Martna_vallavalitsus, lk 45
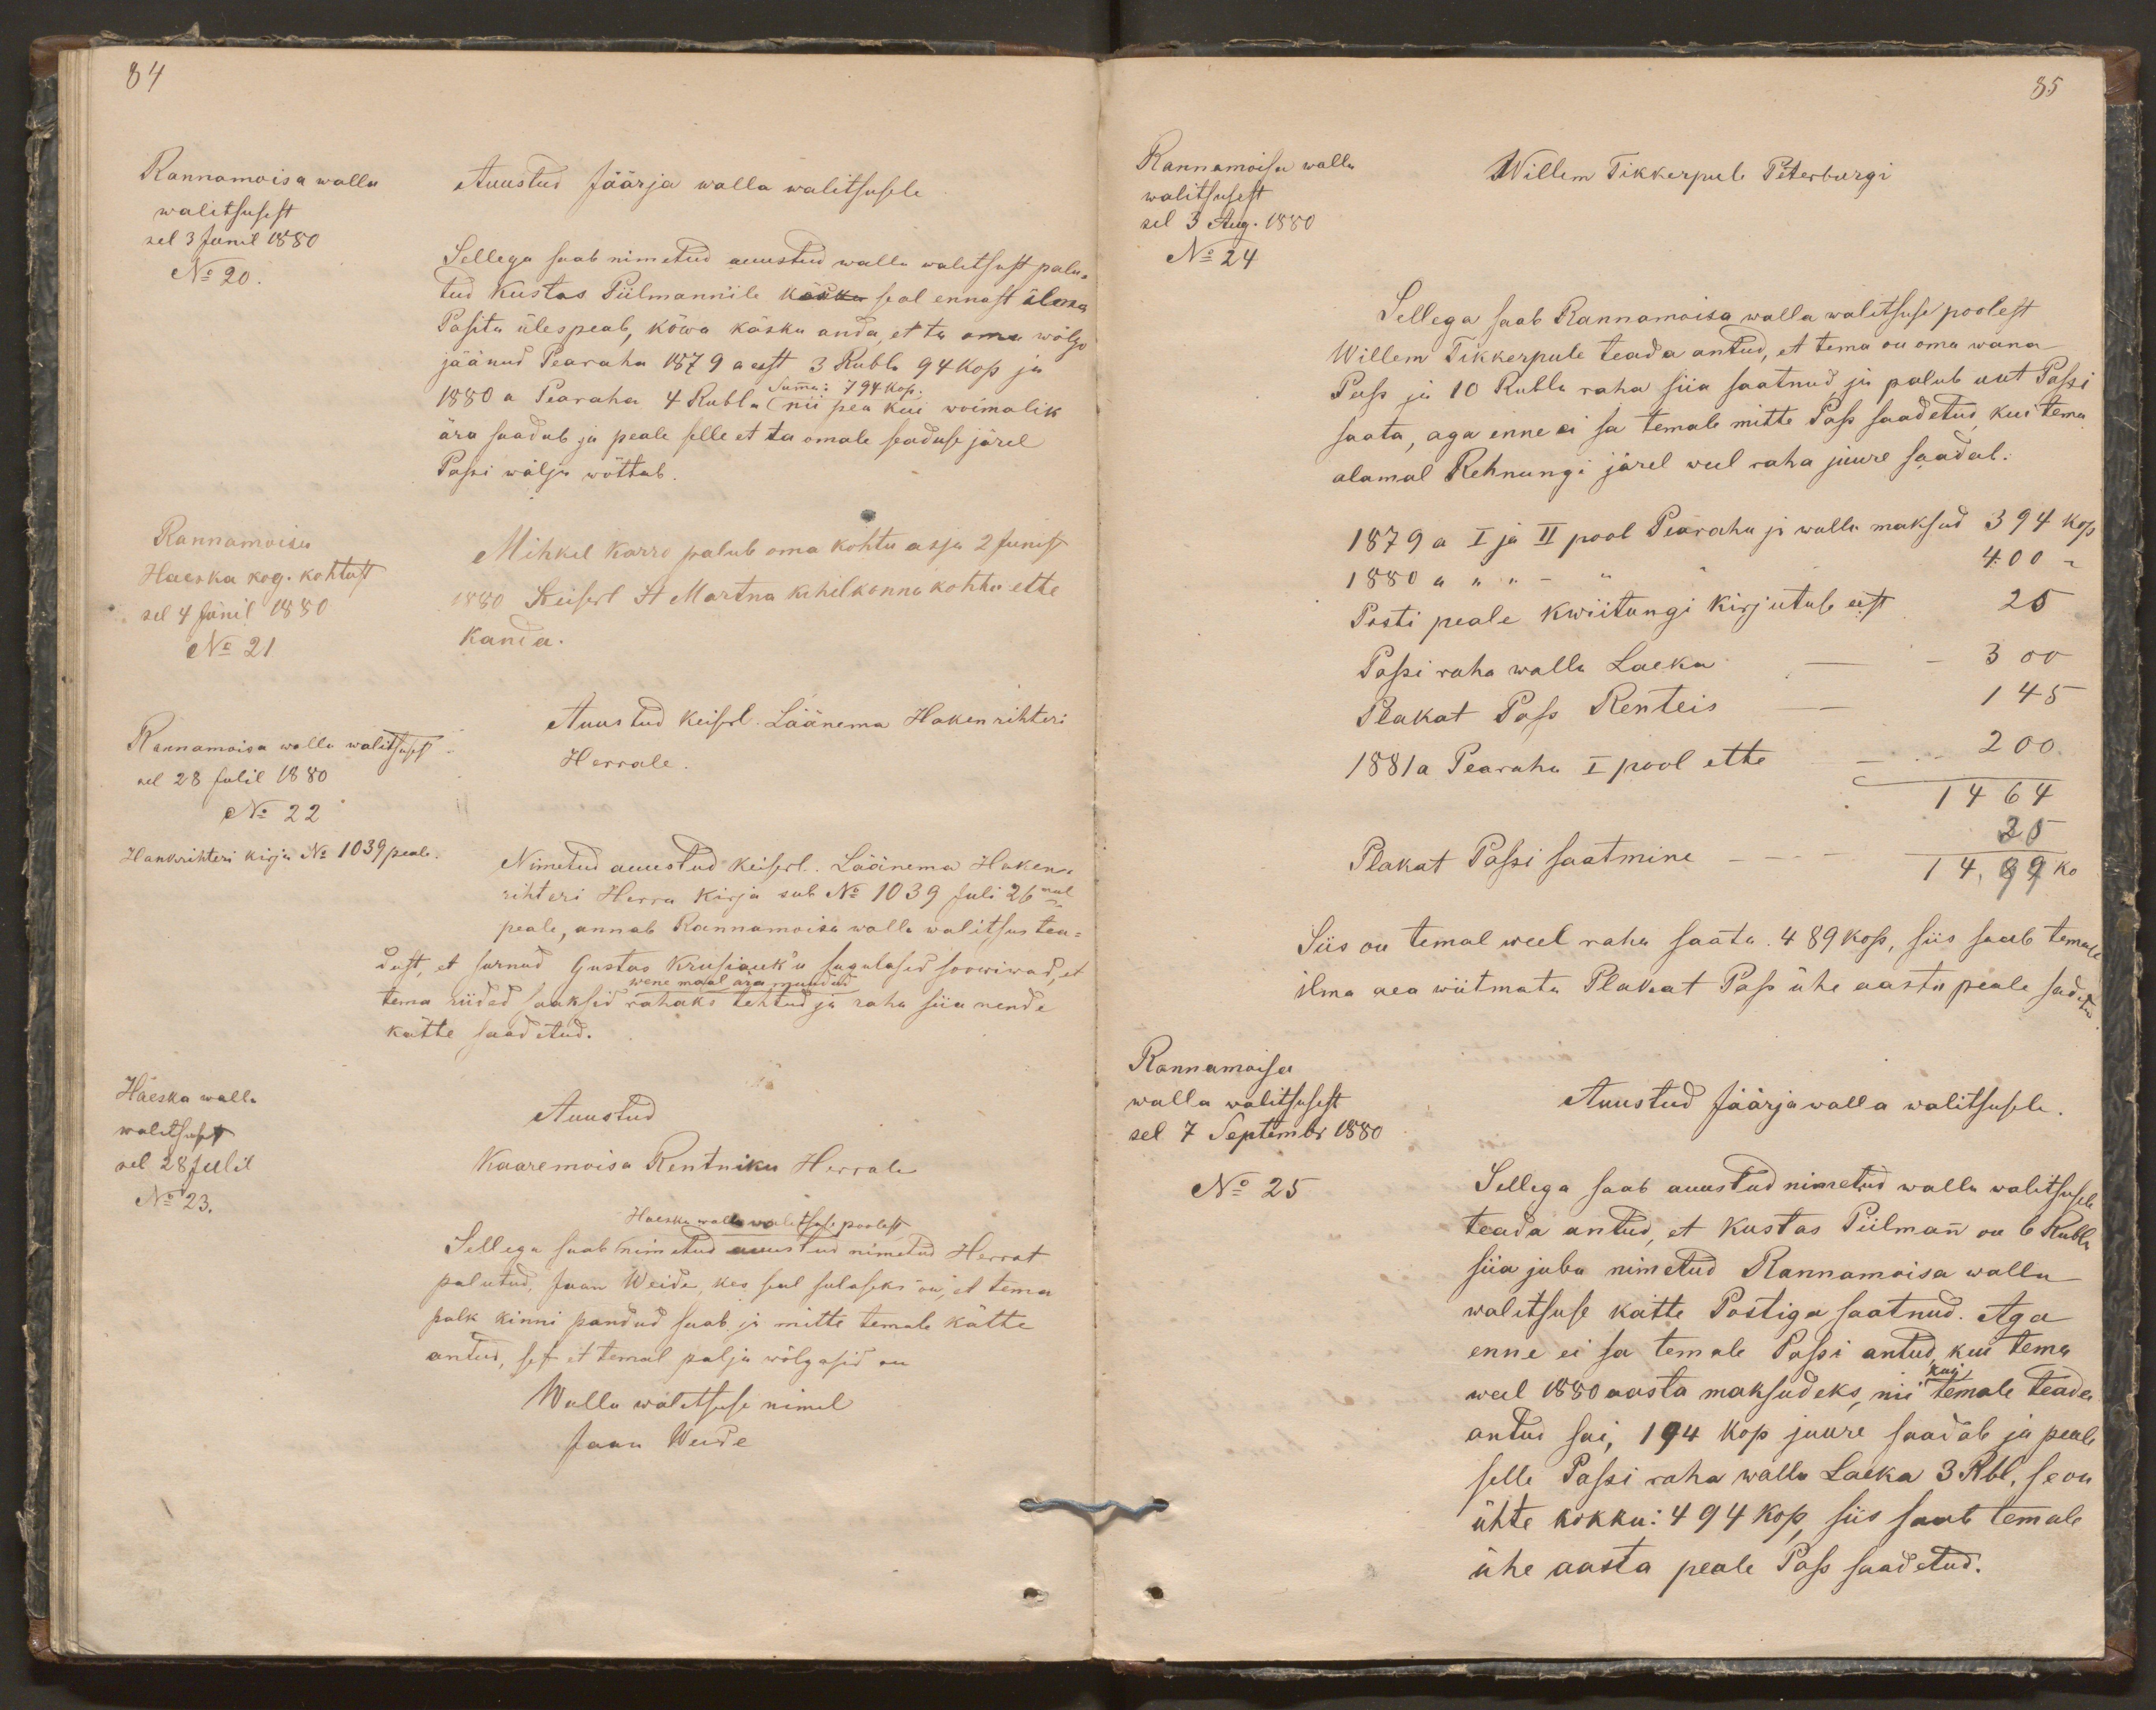
84
Rannamoisa walla
Auustud Jäärja walla walitsusele
walitsusest
sel 3 Junil 1880
No 20.
Sellega saab nimetud auustud walla walitsust palu-
tud Kustas Piilmannile käsku seal ennast ilma
Pasita üles peab, kõwa käsku anda, et ta oma wõlgo
jäänud Pearaha 1879 a eest 3 Rubla 94 kop ja
Summa: 794 kop.
1880 a Pearaha 4 Rubla nii pea kui woimalik
ära saadab ja peale selle et ta omale seaduse järel
Passi wälja wõttab.
Rannamoisa
Mihkel Karro palub oma kohtu asja 2 Junist
Haeska kog. kohtust
sel 4 Junil 1880
1880 Keiserl St Martna kihelkonna kohtu ette
No 21
kanda.
Rannamoisa walla walitsusest
Auustud keiserl. Läänema Hakenrihteri
sel 28 Julil 1880
Herrale
No 22
Hankrihteri kirja No 1039 peale.
Nimetud auustud keiserl. Läänema Haken-
rihteri Herra kirja sub No 1039 Juli 26mal
peale, annab Rannamoisa walla walitsus tea-
dust, et surnud Gustas Krusiauk'u sugulased soowiwad, et
wene maal ära muudud
tema riided saaksid rahaks tehtud ja raha siia nende
kätte saadetud.
Haeska walla
Auustud
walitsusest
sel 28 Julil
Kaaremoisa Rentniku Herrale
No 23.
Haeska walla walitsuse poolest
Sellega saab nimetud auustud nimetud Herrat
palutud, Jaan Weide, kes seal sulaseks on, et tema
palk kinni pandud saab ja mitte temale kätte
antud, sest et temal palju wõlgasid on
Walla walitsuse nimel
Jaan Weide

85
Rannamoisa walla
Willem Tikkerpule Peterburgi
walitsusest
sel 3 Aug. 1880
No 24
Sellega saab Rannamoisa walla walitsuse poolest
Willem Tikkerpule teada antud, et tema on oma wana
Pass ja 10 Rubla raha siia saatnud, ja palub uut Passi
saata, aga enne ei sa temale mitte Pass saadetud, kui tema
alamal Rehnungi järel weel raha juure saadab.
1879 a. I ja II pool Pearahu ja walla maksud 394 kop
1880 a " " - " " - 400 "
Posti peale kwiitungi kirjutuse eest 25
Passi raha walla Laeka - 300
Plakat Pass Renteis - 145
1881 a Pearaha I pool ette - 200
1464
Plakat Passi saatmine 25
1489 ko
Siis on temal weel raha saata. 489 kop, siis saab temale
ilma aea wiitmata Plakat Pass ühe aastu peale sadetud
Rannamoisa
walla walitsusest
Auustud Jäärja walla walitsusele
sel 7 Septembr 1880
No 25
Sellega saab auustud nimetud walla walitsusele
teada antud, et Kustas Piilmann on 6 Rubla
siia juba nimetud Rannamoisa walla
walitsuse kätte Postiga saatnud. Aga
enne ei sa temale Passi antud, kui tema
kui
weel 1880 aasta maksudeks nii temale teada
antud sai, 194 kop juure saadab ja peale
selle Passi raha walla Laeka 3 Rbl, se on
ühte kokku: 494 kop, siis saab temale
ühe aasta peale Pass saadetud.